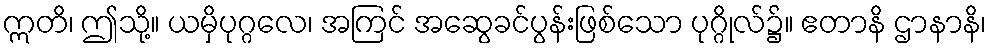
ဣတိ၊ ဤသို့။ ယမှိပုဂ္ဂလေ၊ အကြင် အဆွေခင်ပွန်းဖြစ်သော ပုဂ္ဂိုလ်၌။ ဧတာနိ ဌာနာနိ၊